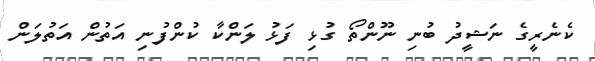
ކެނެރީގެ ނަޝީދު ބުނި ނޫންތޯ ގުޅި ފަޅު ލަންކާ ކުންފުނި އަތުން އަތުލަން